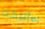
سأتركه